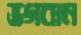
ভগবান